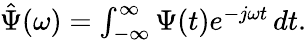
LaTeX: \begin{array}{r}{\hat{\Psi}(\omega)=\int_{-\infty}^{\infty}\Psi(t)e^{-j\omega t}\, dt.}\end{array}